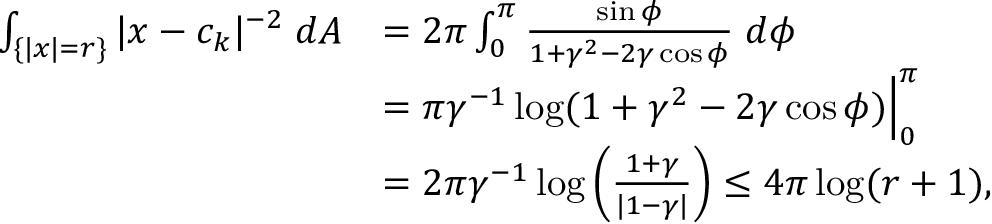
\begin{array} { r l } { \int _ { \{ | x | = r \} } | x - c _ { k } | ^ { - 2 } \; d A } & { = 2 \pi \int _ { 0 } ^ { \pi } \frac { \sin \phi } { 1 + \gamma ^ { 2 } - 2 \gamma \cos \phi } \; d \phi } \\ & { = \pi \gamma ^ { - 1 } \log ( 1 + \gamma ^ { 2 } - 2 \gamma \cos \phi ) \Big | _ { 0 } ^ { \pi } } \\ & { = 2 \pi \gamma ^ { - 1 } \log \left( \frac { 1 + \gamma } { | 1 - \gamma | } \right) \leq 4 \pi \log ( r + 1 ) , } \end{array}